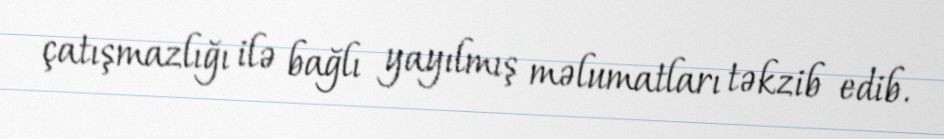
çatışmazlığı ilə bağlı yayılmış məlumatları təkzib edib.